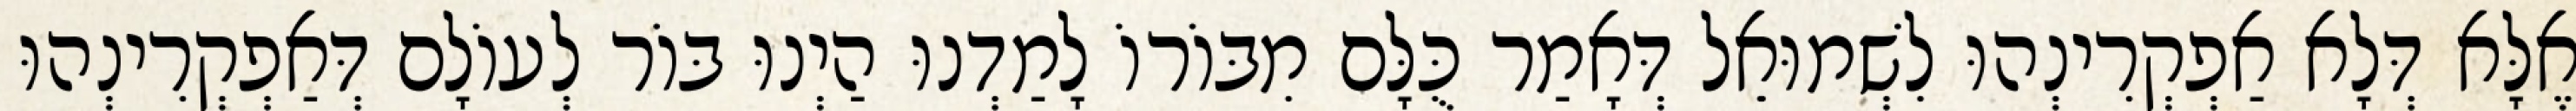
אֶלָּא דְּלָא אַפְקְרִינְהוּ לִשְׁמוּאֵל דְּאָמַר כֻּלָּם מִבּוֹרוֹ לָמַדְנוּ הַיְנוּ בּוֹר לְעוֹלָם דְּאַפְקְרִינְהוּ